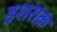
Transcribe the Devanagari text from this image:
इशराक़